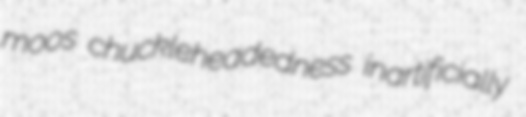
moos chuckleheadedness inartificially